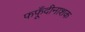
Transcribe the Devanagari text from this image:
फफूँदीनाशक